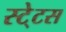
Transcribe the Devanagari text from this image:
स्‍टे्टस